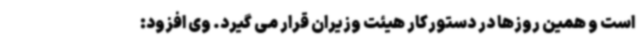
است و همین روزها در دستورکار هیئت وزیران قرار می گیرد. وی افزود: